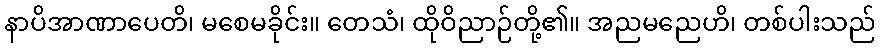
နာပိအာဏာပေတိ၊ မစေမခိုင်း။ တေသံ၊ ထိုဝိညာဉ်တို့၏။ အညမညေဟိ၊ တစ်ပါးသည်